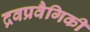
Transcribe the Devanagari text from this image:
द्रवप्रवैगिकी